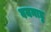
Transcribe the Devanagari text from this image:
वयनाडु